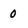
Character: 0